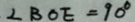
\angle B O E = 9 0 ^ { \circ }